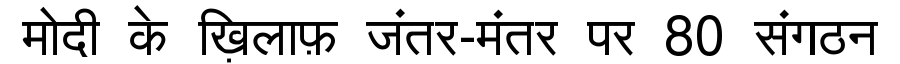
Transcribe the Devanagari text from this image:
मोदी के ख़िलाफ़ जंतर-मंतर पर 80 संगठन